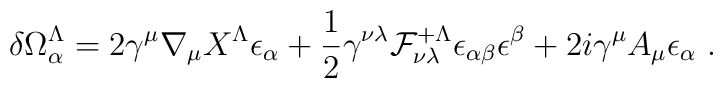
\delta \Omega^\Lambda_\alpha=2\gamma^\mu\nabla_\mu X^\Lambda \epsilon_\alpha+{1 \over 2}\gamma^{\nu\lambda}{\cal F}^{+\Lambda}_{\nu\lambda} \epsilon_{\alpha \beta}\epsilon^\beta+2i\gamma^\mu A_\mu\epsilon_\alpha \ .